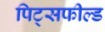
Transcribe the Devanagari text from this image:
पिट्सफील्ड